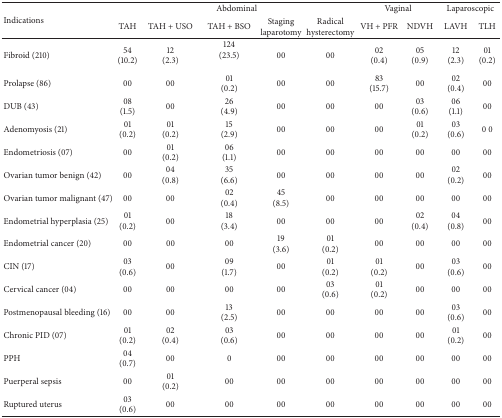
<table><thead><tr><td rowspan="2"><b>Indications</b></td><td colspan="5"><b>Abdominal</b></td><td colspan="2"><b>Vaginal</b></td><td colspan="2"><b>Laparoscopic</b></td></tr><tr><td><b>TAH</b></td><td><b>TAH + USO</b></td><td><b>TAH + BSO</b></td><td><b>Staginglaparotomy </b></td><td><b>Radical hysterectomy</b></td><td><b>VH + PFR</b></td><td><b>NDVH</b></td><td><b>LAVH</b></td><td><b>TLH</b></td></tr></thead><tbody><tr><td>Fibroid (210)</td><td>54(10.2)</td><td>12(2.3)</td><td>124(23.5)</td><td>00</td><td>00</td><td>02(0.4)</td><td>05(0.9)</td><td>12(2.3)</td><td>01(0.2)</td></tr><tr><td>Prolapse (86)</td><td>00</td><td>00</td><td>01(0.2)</td><td>00</td><td>00</td><td>83(15.7)</td><td>00</td><td>02(0.4)</td><td>00</td></tr><tr><td>DUB (43)</td><td>08(1.5)</td><td>00</td><td>26(4.9)</td><td>00</td><td>00</td><td>00</td><td>03(0.6)</td><td>06(1.1)</td><td>00</td></tr><tr><td>Adenomyosis (21)</td><td>01(0.2)</td><td>01(0.2)</td><td>15(2.9)</td><td>00</td><td>00</td><td>00</td><td>01(0.2)</td><td>03(0.6)</td><td> 0 0</td></tr><tr><td>Endometriosis (07)</td><td>00</td><td>01(0.2)</td><td>06(1.1)</td><td>00</td><td>00</td><td>00</td><td>00</td><td>00</td><td>00</td></tr><tr><td>Ovarian tumor benign (42)</td><td>00</td><td>04(0.8)</td><td>35(6.6)</td><td>00</td><td>00</td><td>00</td><td>00</td><td>02(0.2)</td><td>00</td></tr><tr><td>Ovarian tumor malignant (47)</td><td>00</td><td>00</td><td>02(0.4)</td><td>45(8.5)</td><td>00</td><td>00</td><td>00</td><td>00</td><td>00</td></tr><tr><td>Endometrial hyperplasia (25)</td><td>01(0.2)</td><td>00</td><td>18(3.4)</td><td>00</td><td>00</td><td>00</td><td>02(0.4)</td><td>04(0.8)</td><td>00</td></tr><tr><td>Endometrial cancer (20)</td><td>00</td><td>00</td><td>00</td><td>19(3.6)</td><td>01(0.2)</td><td>00</td><td>00</td><td>00</td><td>00</td></tr><tr><td>CIN (17)</td><td>03(0.6)</td><td>00</td><td>09(1.7)</td><td>00</td><td>01(0.2)</td><td>01(0.2)</td><td>00</td><td>03(0.6)</td><td>00</td></tr><tr><td>Cervical cancer (04)</td><td>00</td><td>00</td><td>00</td><td>00</td><td>03(0.6)</td><td>01(0.2)</td><td>00</td><td>00</td><td>00</td></tr><tr><td>Postmenopausal bleeding (16)</td><td>00</td><td>00</td><td>13(2.5)</td><td>00</td><td>00</td><td>00</td><td>00</td><td>03(0.6)</td><td>00</td></tr><tr><td>Chronic PID (07)</td><td>01(0.2)</td><td>02(0.4)</td><td>03(0.6)</td><td>00</td><td>00</td><td>00</td><td>00</td><td>01(0.2)</td><td>00</td></tr><tr><td>PPH</td><td>04(0.7)</td><td>00</td><td>0</td><td>00</td><td>00</td><td>00</td><td>00</td><td>00</td><td>00</td></tr><tr><td>Puerperal sepsis</td><td>00</td><td>01(0.2)</td><td>00</td><td>00</td><td>00</td><td>00</td><td>00</td><td>00</td><td>00</td></tr><tr><td>Ruptured uterus</td><td>03(0.6)</td><td>00</td><td>00</td><td>00</td><td>00</td><td>00</td><td>00</td><td>00</td><td>00</td></tr></tbody></table>